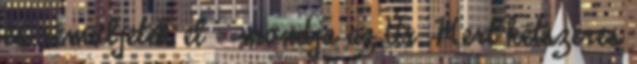
és rémüljetek el – mondja az Úr. Mert kétszeres